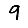
Digit: 9